Annual report of the Imperial Bacteriologist
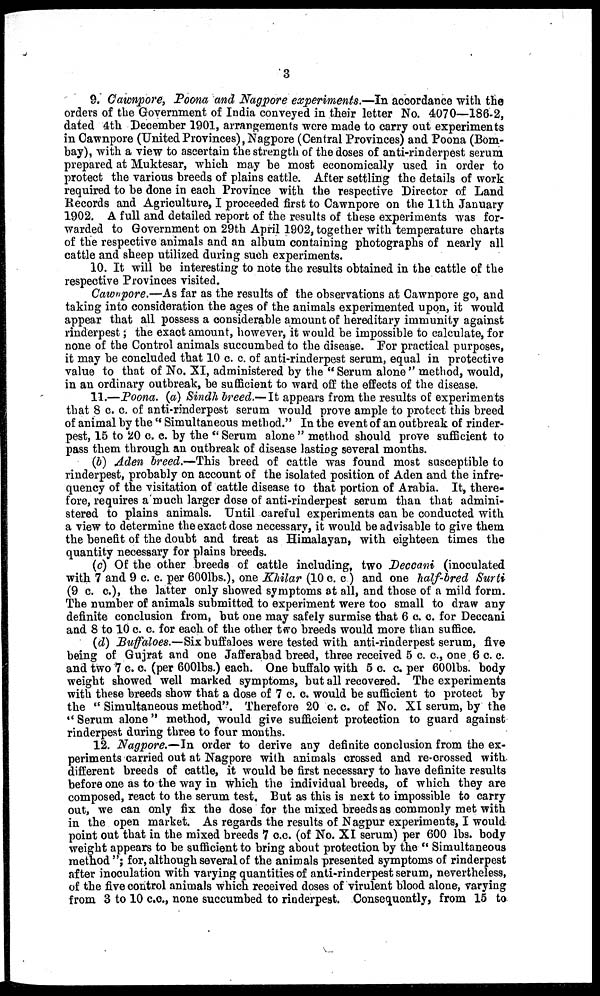
3
9. Cawnpore, Poona and Nagpore experiments.—In accordance with the
orders of the Government of India conveyed in their letter No. 4070—186-2,
dated 4th December 1901, arrangements were made to carry out experiments
in Cawnpore (United Provinces), Nagpore (Central Provinces) and Poona (Bom-
bay), with a view to ascertain the strength of the doses of anti-rinderpest serum
prepared at Muktesar, which may be most economically used in order to
protect the various breeds of plains cattle. After settling the details of work
required to be done in each Province with the respective Director of Land
Records and Agriculture, I proceeded first to Cawnpore on the 11th January
1902. A full and detailed report of the results of these experiments was for-
warded to Government on 29th April 1902, together with temperature charts
of the respective animals and an album containing photographs of nearly all
cattle and sheep utilized during such experiments.
10. It will be interesting to note the results obtained in the cattle of the
respective Provinces visited.
Cawnpore.—As far as the results of the observations at Cawnpore go, and
taking into consideration the ages of the animals experimented upon, it would
appear that all possess a considerable amount of hereditary immunity against
rinderpest ; the exact amount, however, it would be impossible to calculate, for
none of the Control animals succumbed to the disease. For practical purposes,
it may be concluded that 10 c. c. of anti-rinderpest serum, equal in protective
value to that of No. XI, administered by the "Serum alone" method, would,
in an ordinary outbreak, be sufficient to ward off the effects of the disease.
11.—Poona. (a) Sindh breed.—It appears from the results of experiments
that 8 c. c. of anti-rinderpest serum would prove ample to protect this breed
of animal by the "Simultaneous method." In the event of an outbreak of rinder-
pest, 15 to 20 c. c. by the "Serum alone" method should prove sufficient to
pass them through an outbreak of disease lasting several months.
(b) Aden breed.—This breed of cattle was found most susceptible to
rinderpest, probably on account of the isolated position of Aden and the infre-
quency of the visitation of cattle disease to that portion of Arabia. It, there-
fore, requires a much larger dose of anti-rinderpest serum than that admini-
stered to plains animals. Until careful experiments can be conducted with
a view to determine the exact dose necessary, it would be advisable to give them
the benefit of the doubt and treat as Himalayan, with eighteen times the
quantity necessary for plains breeds.
(c) Of the other breeds of cattle including, two Deccani (inoculated
with 7 and 9 c. c. per 600lbs.), one Khilar (10 c. c.) and one half-bred Surti
(9 c. c.), the latter only showed symptoms at all, and those of a mild form.
The number of animals submitted to experiment were too small to draw any
definite conclusion from, but one may safely surmise that 6 c. c. for Deccani
and 8 to 10 c. c. for each of the other two breeds would more than suffice.
(d) Buffaloes.—Six buffaloes were tested with anti-rinderpest serum, five
being of Gujrat and one Jafferabad breed, three received 5 c. c., one 6 c. c.
and two 7 c. c. (per 600lbs.) each. One buffalo with 5 c. c. per 600lbs. body
weight showed well marked symptoms, but all recovered. The experiments
with these breeds show that a dose of 7 c. c. would be sufficient to protect by
the "Simultaneous method". Therefore 20 c. c. of No. XI serum, by the
"Serum alone" method, would give sufficient protection to guard against
rinderpest during three to four months.
12. Nagpore.—In order to derive any definite conclusion from the ex-
periments carried out at Nagpore with animals crossed and re-crossed with
different breeds of cattle, it would be first necessary to have definite results
before one as to the way in which the individual breeds, of which they are
composed, react to the serum test. But as this is next to impossible to carry
out, we can only fix the dose for the mixed breeds as commonly met with
in the open market. As regards the results of Nagpur experiments, I would
point out that in the mixed breeds 7 c.c. (of No. XI serum) per 600 lbs. body
weight appears to be sufficient to bring about protection by the " Simultaneous
method "; for, although several of the animals presented symptoms of rinderpest
after inoculation with varying quantities of anti-rinderpest serum, nevertheless,
of the five control animals which received doses of virulent blood alone, varying
from 3 to 10 c.c., none succumbed to rinderpest. Consequently, from 15 to